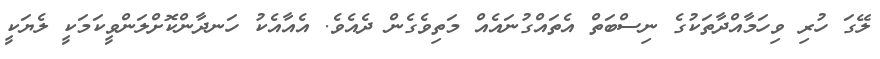
ލޭގަ ހުރި ވިހަމާއްދާތަކުގެ ނިސްބަތް އެތައްގުނައެއް މަތިވެގެން ދެއެވެ. އެއާއެކު ހަނދާންކޮށްލަންވީކަމަކީ ލެޔަކީ